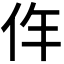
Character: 𠇪